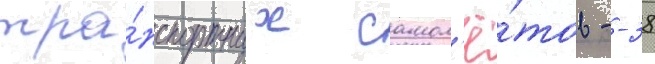
тра́нспортных самол'ё́тов - -38